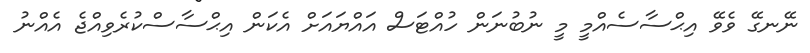
ނޭނގޭ ވެވޭ އިޙްސާސެއްމީ މީ ނުބުނަން ހުއްޓަސް އައްޔައަށް އެކަން އިޙްސާސްކުރެވިއްޖެ އެއްނު